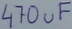
Text: 470uF